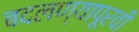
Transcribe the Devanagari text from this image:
बदलण्यापूरवी